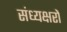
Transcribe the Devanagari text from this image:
संध्यक्षरों